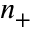
n _ { + }